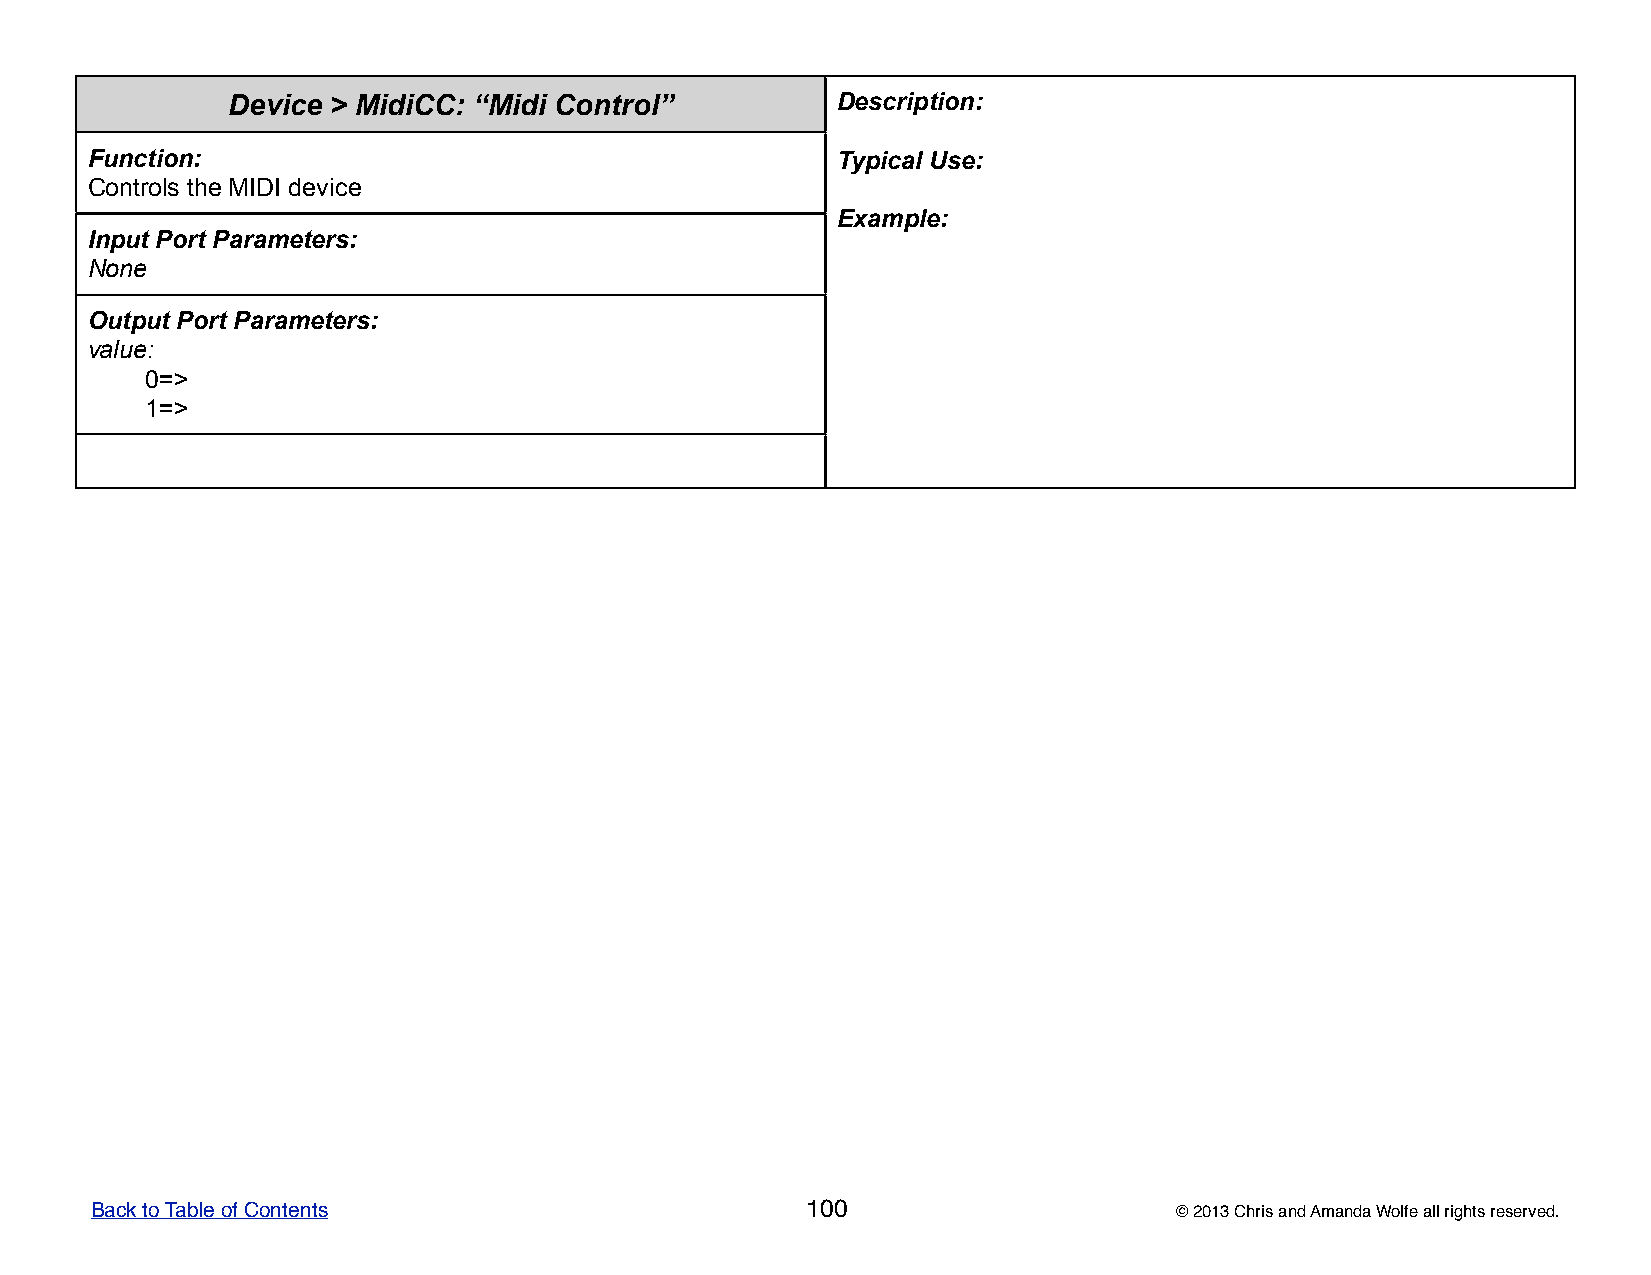
Device > MidiCC: “Midi Control”         DDDDDeeeeessssscccccrrrrriiiiippppptttttiiiiiooooonnnnn:::::
 Function:                                        TTTTTyyyyypppppiiiiicccccaaaaalllll UUUUUssssseeeee:::::
 Controls the MIDI device
 EEEEExxxxxaaaaammmmmpppppllllleeeee:::::
 Input Port Parameters:
 None
 Output Port Parameters:
 value:
 0=>
 1=>
 Back to Table of Contents                      100                      © 2013 Chris and Amanda Wolfe all rights reserved.